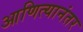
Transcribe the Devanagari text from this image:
आणित्यानंतर